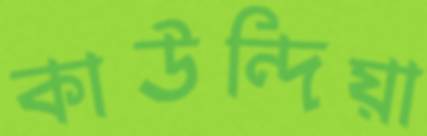
কাউন্দিয়া